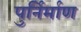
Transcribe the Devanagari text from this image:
पुर्निर्माण